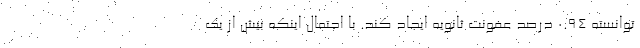
توانسته ۰.۹۴ درصد عفونت ثانویه ایجاد کند. با احتمال اینکه بیش از یک